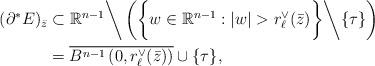
LaTeX: \begin{align*}(\partial^{*}E)_{ \bar{z}} &\subset \mathbb{R}^{n-1} \bigg\backslash \left( \bigg\{ w \in \mathbb{R}^{n-1} : |w| > r_{\ell}^{\vee} (\bar{z}) \bigg\} \bigg\backslash\{ \tau\} \right) \\&= \overline{ B^{n-1} \left( 0, r_{\ell}^{\vee} (\bar{z}) \right)}\cup \{ \tau\},\end{align*}